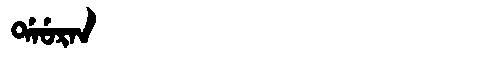
Manchu: ᡩᠠᡠᡵᠠᠨ
Romanization: DAURAN